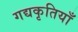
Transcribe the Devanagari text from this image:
गद्यकृतियाँ